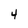
Character: 4